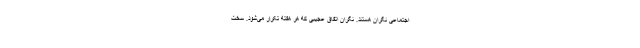
اجتماعی نگران هستند. نگران اتفاق عجیبی که هر هفته تکرار می‌شود. سخت